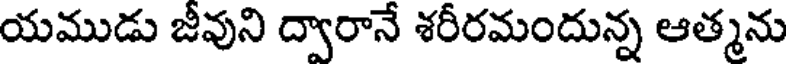
యముడు జీవుని ద్వారానే శరీరమందున్న ఆత్మను